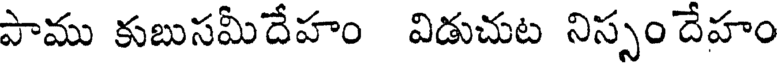
పాము కుబుసమీదేహం విడుచుట నిస్సం దేహం